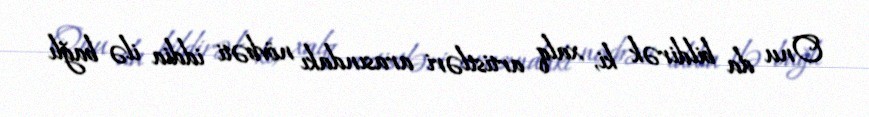
Onu da bildirək ki, xalq artistləri arasındakı növbəti iddia ilə bağlı